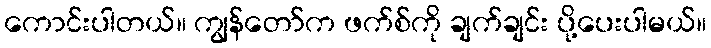
ကောင်းပါတယ်။ ကျွန်တော်က ဖက်စ်ကို ချက်ချင်း ပို့ပေးပါမယ်။